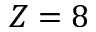
Z = 8